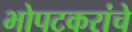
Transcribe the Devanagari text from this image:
भोपटकरांचे